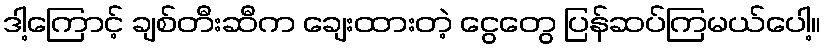
ဒါ့ကြောင့် ချစ်တီးဆီက ချေးထားတဲ့ ငွေတွေ ပြန်ဆပ်ကြမယ်ပေါ့။